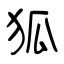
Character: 狐